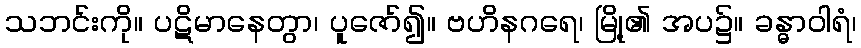
သဘင်းကို။ ပဋိမာနေတွာ၊ ပူဇော်၍။ ဗဟိနဂရေ၊ မြို့၏ အပ၌။ ခန္ဓာဝါရံ၊